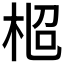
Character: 𣑌